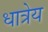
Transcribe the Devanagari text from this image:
धात्रेय